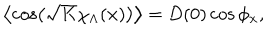
LaTeX: \left< \cos \left( \sqrt { K } \chi _ { \Lambda } ( { \bf x } ) \right) \right> = D ( 0 ) \cos \phi _ { \bf x } ,